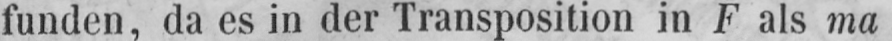
funden, da es in der Transposition in F als ma